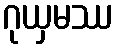
ဂုယှမဿ